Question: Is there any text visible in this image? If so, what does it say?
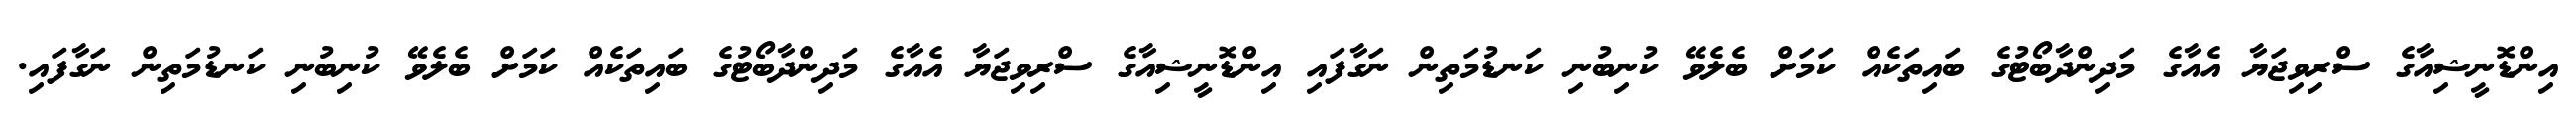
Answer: އިންޑޮނީޝިއާގެ ސްރިވިޖަޔާ އެއާގެ މަދިންދާބޯޓުގެ ބައިތަކެއް ކަމަށް ބެލެވޭ ކުނިބުނި ކަނޑުމަތިން ނަގާފައި އިންޑޮނީޝިއާގެ ސްރިވިޖަޔާ އެއާގެ މަދިންދާބޯޓުގެ ބައިތަކެއް ކަމަށް ބެލެވޭ ކުނިބުނި ކަނޑުމަތިން ނަގާފައި.